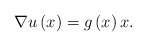
\begin{align*}\nabla u\left( x\right) =g\left( x\right) x.\end{align*}